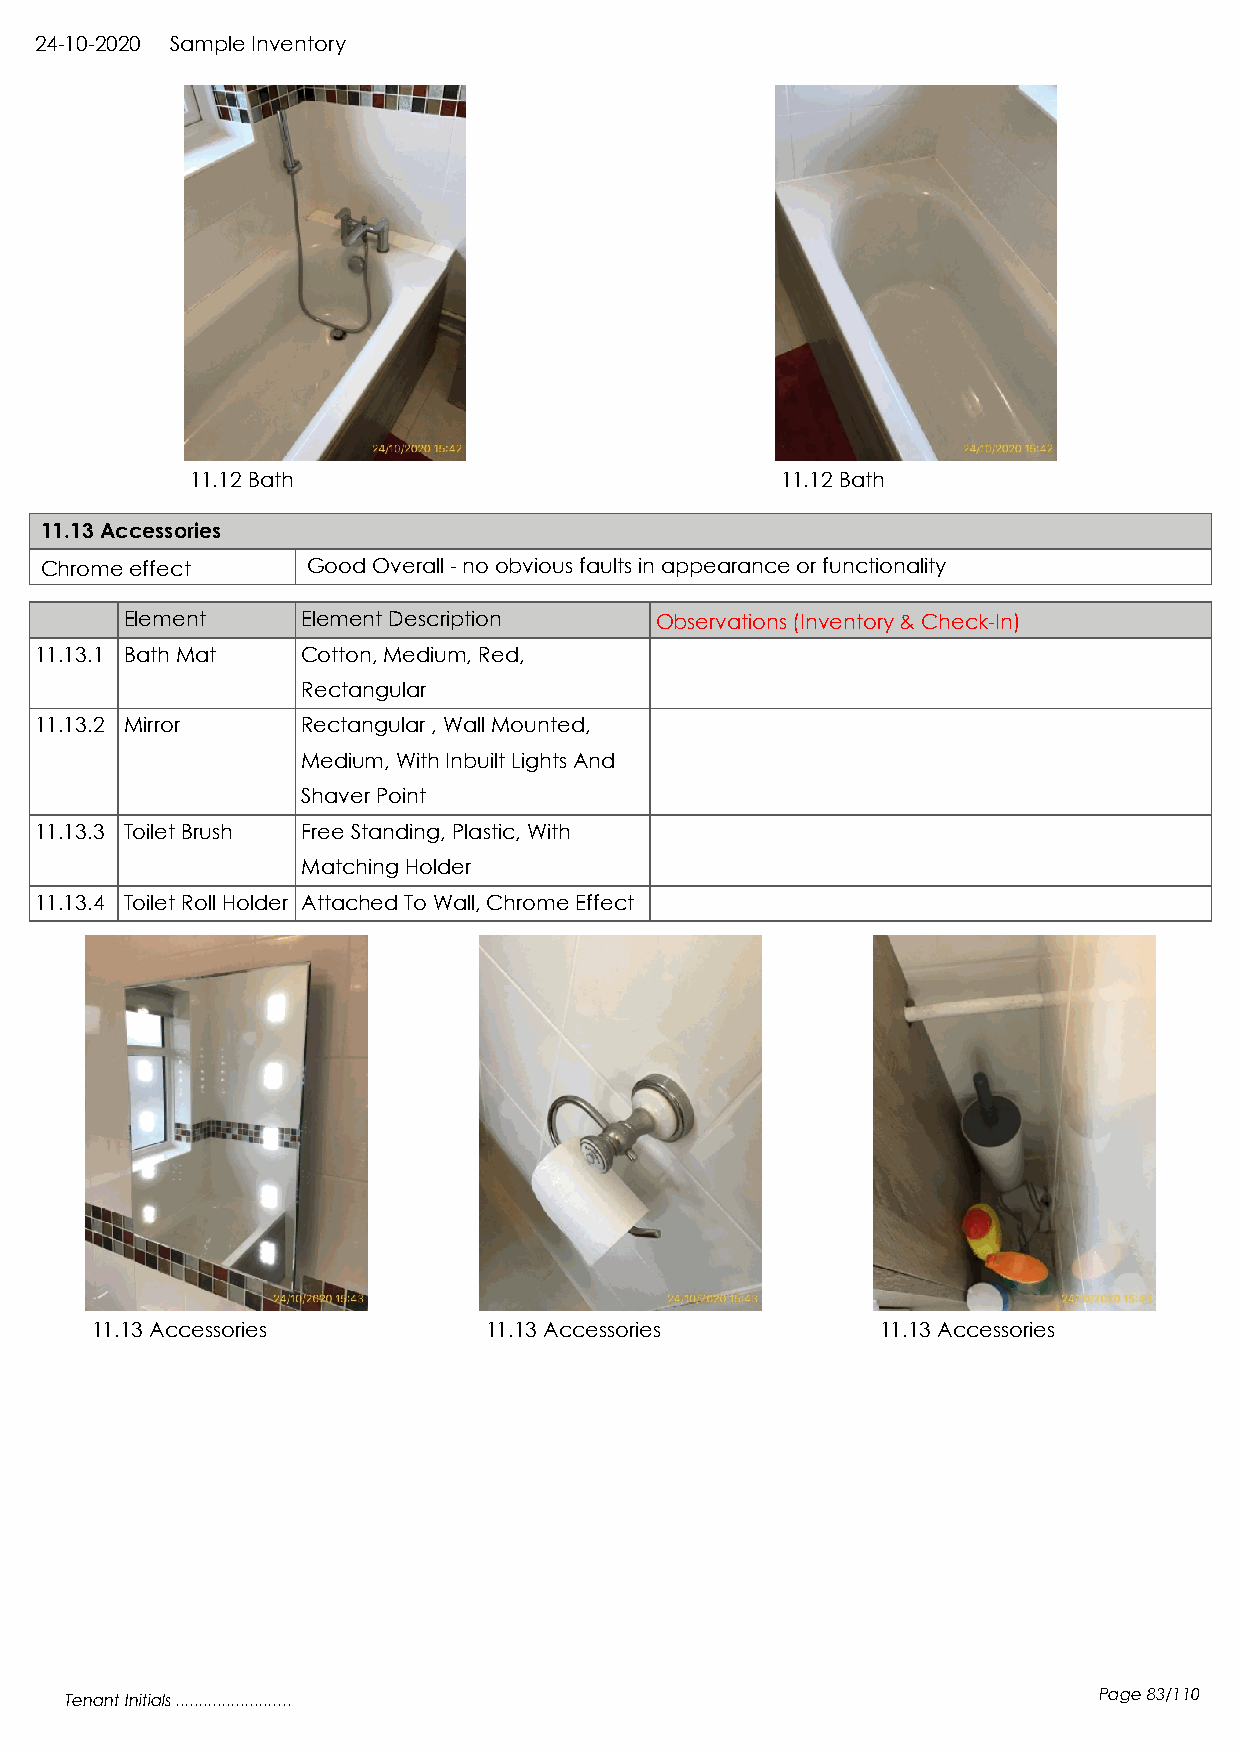
24-10-2020 Sample Inventory
 11.12 Bath                             11.12 Bath
 11.13 Accessories
 Chrome effect    Good Overall - no obvious faults in appearance or functionality
 Element     Element Description    Observations (Inventory & Check-In)
 11.13.1 Bath Mat  Cotton, Medium, Red,
 Rectangular
 11.13.2 Mirror    Rectangular , Wall Mounted,
 Medium, With Inbuilt Lights And
 Shaver Point
 11.13.3 Toilet Brush Free Standing, Plastic, With
 Matching Holder
 11.13.4 Toilet Roll Holder Attached To Wall, Chrome Effect
 11.13 Accessories         11.13 Accessories         11.13 Accessories
 Tenant Initials .........................                            Page 83/110